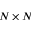
N \times N